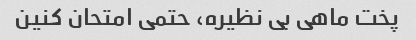
پخت ماهی بی نظیره، حتمی امتحان کنین